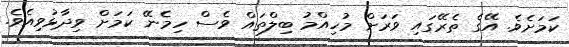
ކަމަށެވެ. އޭގެ ތެރޭގައި ވަރަށް މުހިއްމު ބިލްތައް ވެސް ހިމެނޭ ކަމަށް ވިދާޅުވިއެވެ.